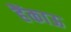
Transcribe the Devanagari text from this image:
हैंकाऊ